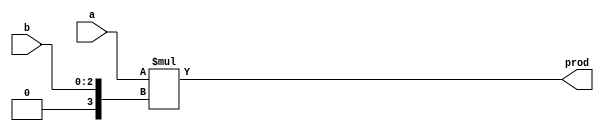
module mult_signed_unsigned_2001 (
		input signed [2:0] a,
		input [2:0] b,
		output signed [5:0] prod
	);
	assign prod = a*$signed({1'b0, b});
endmodule